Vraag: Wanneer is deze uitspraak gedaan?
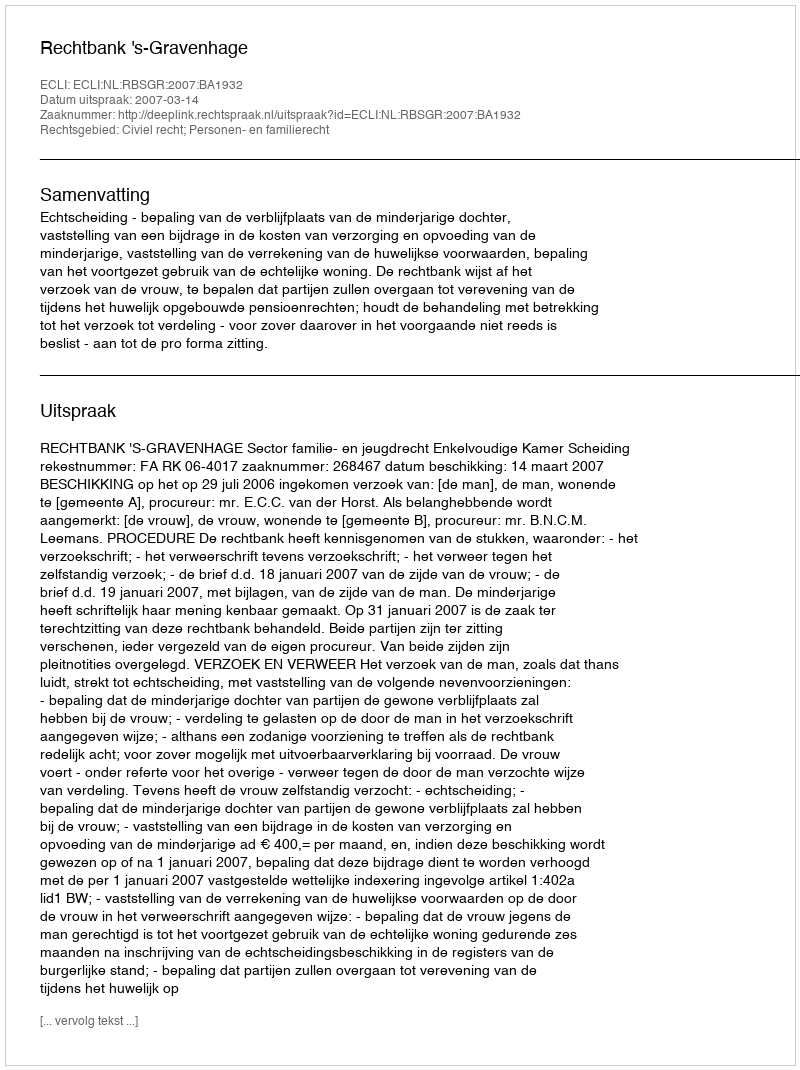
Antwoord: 2007-03-14